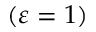
( \varepsilon = 1 )